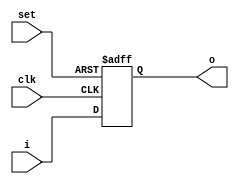
module dff(
  input wire clk, set,
  input wire [3:0] i,
  output reg [3:0] o
);
  always @(posedge clk, posedge set)
  begin
    if (set)
      o <= 4'b1111;
    else
      o <= i;
  end
endmodule